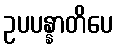
ဥပပန္နာတိပေ